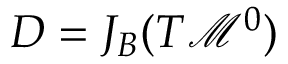
D = J _ { B } ( T \mathcal { M } ^ { 0 } )